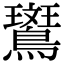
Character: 𬷱